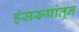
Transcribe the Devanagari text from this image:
हंसरूपांतून